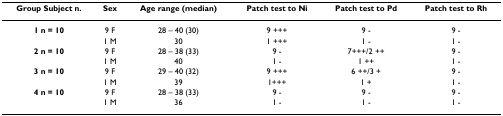
| Group Subject n. | Sex | Age range (median) | Patch test to Ni | Patch test to Pd | Patch test to Rh |
 | --- | --- | --- | --- | --- | --- |
 | 1 n = 10 | 9 F | 28 – 40 (30) | 9 +++ | 9 - | 9 - |
 |  | 1 M | 30 | 1 +++ | 1 - | 1 - |
 | 2 n = 10 | 9 F | 28 – 38 (33) | 9 - | 7+++/2 ++ | 9 - |
 |  | 1 M | 40 | 1 - | 1 ++ | 1 - |
 | 3 n = 10 | 9 F | 29 – 40 (32) | 9 +++ | 6 ++/3 + | 9 - |
 |  | 1 M | 39 | 1+++ | 1 + | 1 - |
 | 4 n = 10 | 9 F | 28 – 38 (33) | 9 - | 9 - | 9 - |
 |  | 1 M | 36 | 1 - | 1 - | 1 - |